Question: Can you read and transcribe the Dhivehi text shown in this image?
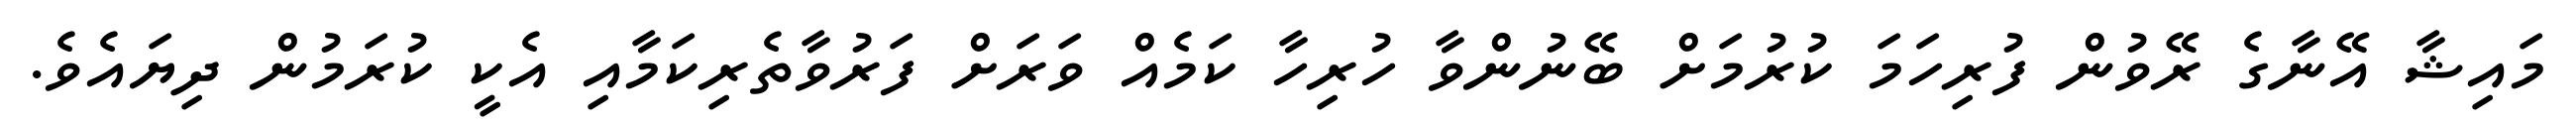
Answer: މައިޝާ އޭނާގެ ރޭވުން ފުރިހަމަ ކުރުމަށް ބޭނުންވާ ހުރިހާ ކަމެއް ވަރަށް ފަރުވާތެރިކަމާއި އެކީ ކުރަމުން ދިޔައެވެ.